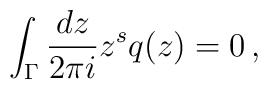
\int_\Gamma\frac{dz}{2\pi i}z^sq(z) = 0 \,,